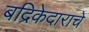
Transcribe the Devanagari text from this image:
बद्रिकेदाराचे